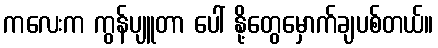
ကလေးက ကွန်ပျူတာ ပေါ် နို့တွေမှောက်ချပစ်တယ်။